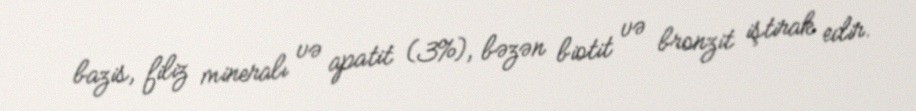
bazis, filiz mineralı və apatit (3%), bəzən biotit və bronzit iştirak edir.